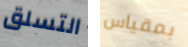
التسلق بمقياس